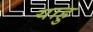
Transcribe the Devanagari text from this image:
याहु